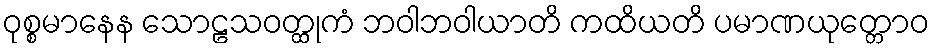
ဝုစ္စမာနေန သောဠသဝတ္ထုကံ ဘဝါဘဝါယာတိ ကထိယတိ ပမာဏယုတ္တောဝ